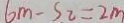
6 m - S _ { 2 } = 2 m